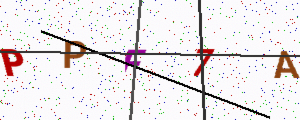
Text: PPF7A